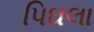
પિઘલા